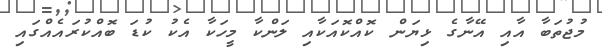
މުޖުތަބާ އާއި އޭނާގެ ޅިޔަން ކޮއްކޮއަކާއި ލަންކާ މީހަކާ އެކު ކުޑަ ބޮއްކުރައެއްގައި